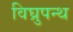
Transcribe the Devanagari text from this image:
विघ्रुपन्थ